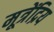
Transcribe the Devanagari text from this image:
मूत्रेंद्रिय